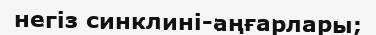
негіз синклині-аңғарлары;